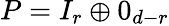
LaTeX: P=I_{r}\oplus 0_{d-r}